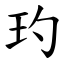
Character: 玓